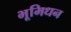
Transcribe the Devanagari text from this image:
भूमिधन